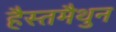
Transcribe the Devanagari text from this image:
हैस्तमैथुन